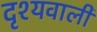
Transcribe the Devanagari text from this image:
दृश्यवाली